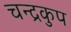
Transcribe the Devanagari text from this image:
चन्द्रकुप